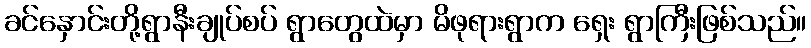
ခင်နှောင်းတို့ရွာနီးချုပ်စပ် ရွာတွေထဲမှာ မိဖုရားရွာက ရှေး ရွာကြီးဖြစ်သည်။